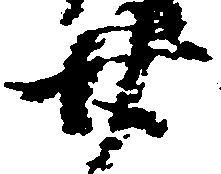
廿